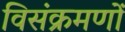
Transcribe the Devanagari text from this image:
विसंक्रमणों